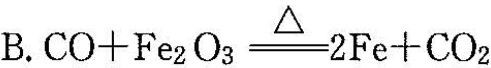
B.$$CO+Fe_{2}O_{3}\xlongequal[]{\triangle }2Fe+CO_{2}$$